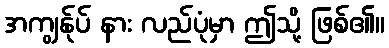
အကျွန်ုပ် နား လည်ပုံမှာ ဤသို့ ဖြစ်၏။